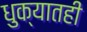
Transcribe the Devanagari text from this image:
धुक्यातही